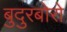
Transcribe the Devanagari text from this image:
बुदुरबोरो